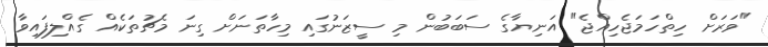
"ވަރަށް ހިތްހަމަޖެހިއްޖެ" އަނިޔާގެ ސަބަބުން މި ސީޒަނުގައި މިހާތަނަށް ގިނަ މެޗުތަކެއް ގެއްލިފައިވާ